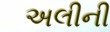
અલીની